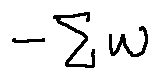
- \sum w